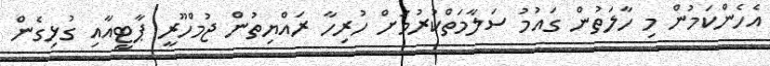
އެހެންކަމުން މި ހާލަތުން ގައުމު ސަލާމަތްކުރުމަށް ހުރިހާ ރައްޔިތުން ޖުމްހޫރީ ޕާޓީއާއި ގުޅިގެން